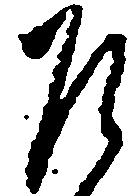
乍